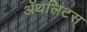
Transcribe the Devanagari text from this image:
ॲथलिटस्